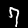
Digit: 7